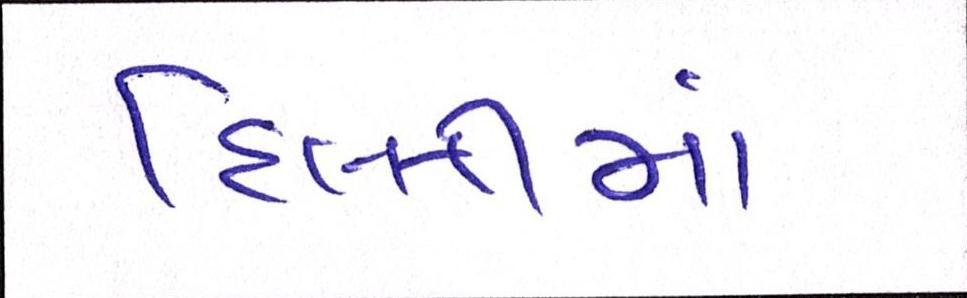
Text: દિલ્લીમાં